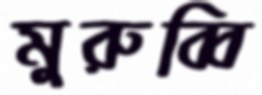
মুরুব্বি